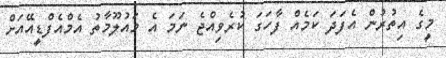
މީގެ އިތުރުން އެފަދަ ކަމެއް ފާހަގަ ކުރެވިއްޖެ ނަމަ އެ މައުލޫމާތު އެމްއެފްޑީއޭއަށް